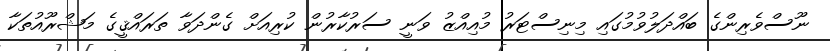
ނޫސްވެރިންގެ ބައްދަލުވުމުގައި މިނިސްޓަރު މުއިއްޒު ވަނީ ސަރުކާރުން ކުރިއަށް ގެންދަވާ ތަރައްޤީގެ މަޝްރޫއުތަކާ